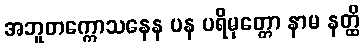
အဘူတက္ကောသနေန ပန ပရိမုတ္တော နာမ နတ္ထိ